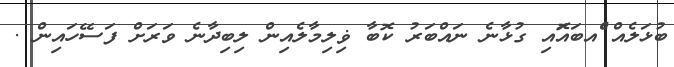
ބުޅަލެއް ެްއބައޮައި ގުޅާނެ ނައްބަރު ކޮބާ ޥިލިމާލެއިން ލިބިދާނެ ވަރަށް ފަސޭހައިން .